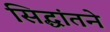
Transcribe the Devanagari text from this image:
सिद्धांतने